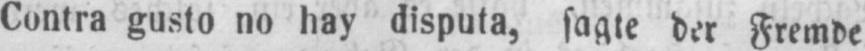
Contra gusto no hay disputa, sagte der Fremde